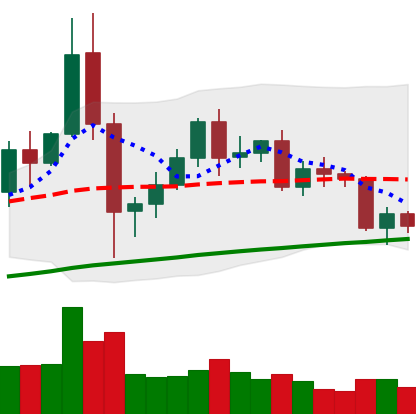
Ticker: BNB-USD
Chart end date: 2020-12-10
Forward return: 6.684%
Label: up_5_7